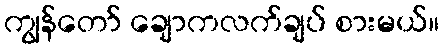
ကျွန်တော် ချောကလက်ချပ် စားမယ်။